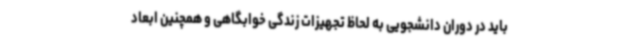
باید در دوران دانشجویی به لحاظ تجهیزات زندگی خوابگاهی و همچنین ابعاد